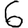
Digit: 6